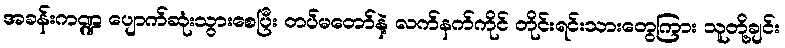
အခန်းကဏ္ဍ ပျောက်ဆုံးသွားစေပြီး တပ်မတော်နဲ့ လက်နက်ကိုင် တိုင်းရင်းသားတွေကြား သူတို့ချင်း